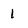
Character: 1